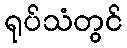
ရုပ်သံတွင်